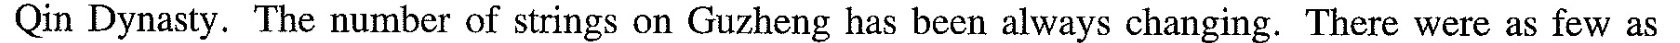
Qin Dynasty. The number of strings on Guzheng has been always changing.There were as few as